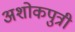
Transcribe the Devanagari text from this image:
अशोकपुत्री